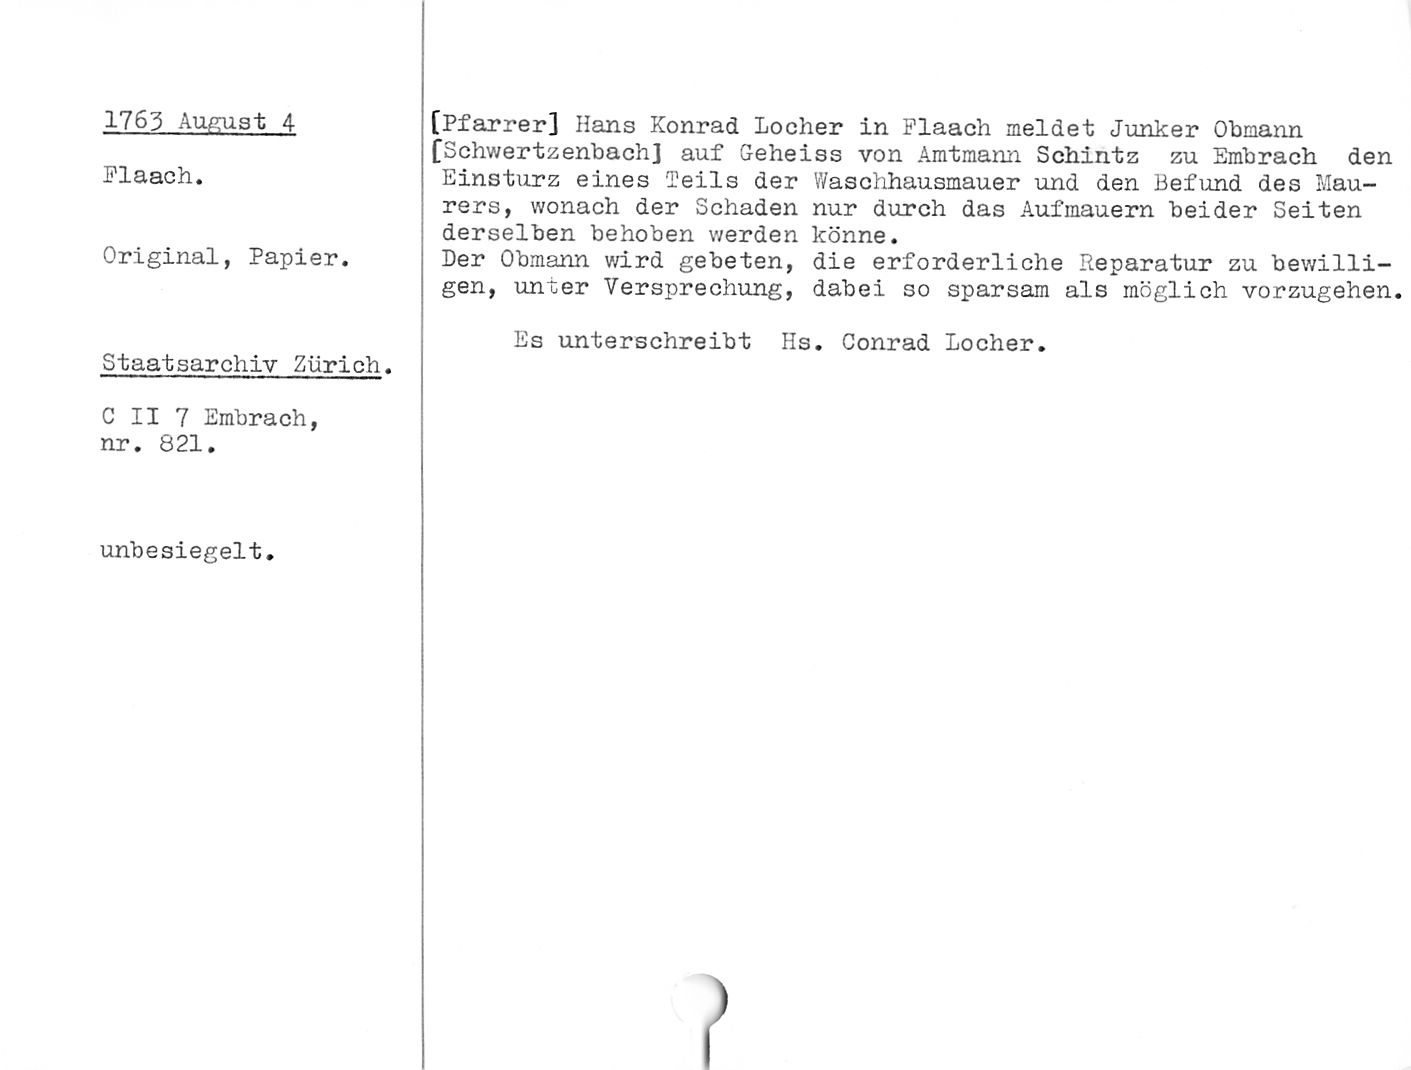
1763 August 4

Flaach.

Original, Papier.

Staatsarchiv Zürich.

C II 7 Embrach,
nr. 821.

unbesiegelt.

[Pfarrer] Hans Konrad Locher in Flaach meldet Junker Obmann
[Schwertzenbach] auf Geheiss von Amtmann Schintz zu Embrach den
Einsturz eines Teils der Waschhausmauer und den Befund des Mau¬
rers, wonach der Schaden nur durch das Aufmauern beider Seiten
derselben behoben werden könne.

Der Obmann wird gebeten, die erforderliche Reparatur zu bewilli¬
gen, unter Versprechung, dabei so sparsam als möglich vorzugehen.

Es unterschreibt Hs. Conrad Locher.